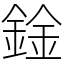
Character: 鍂